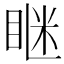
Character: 𥇆